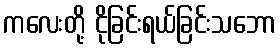
ကလေးတို့ ငိုခြင်းရယ်ခြင်းသဘော